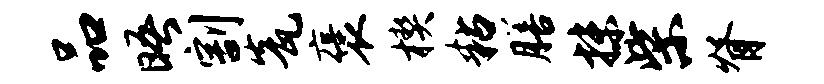
品晤割瓮褒楔粘膳抹柴脊